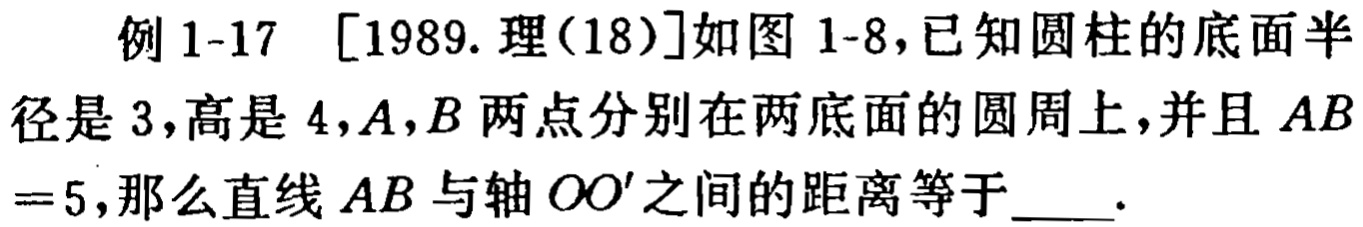
例 1-17 [1989. 理(18)]如图 1-8，已知圆柱的底面半径是 3，高是 4，A，B 两点分别在两底面的圆周上，并且 \(AB = 5\)，那么直线 \(AB\) 与轴 \(OO'\) 之间的距离等于  .